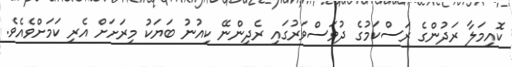
ކޮއިމަލާ ރަދުންގެ ރަސްކަމުގެ ދުވަސްވަރުގައި ރެދިންނޭ ކިއުނު ބަޔަކު މިރަށަށް އެރި ކަމަށްވެއެވެ.